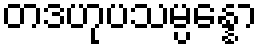
တဒဟုပသမ္ပန္နော